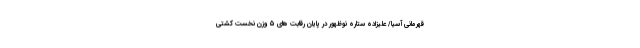
قهرمانی آسیا/ علیزاده ستاره نوظهور در پایان رقابت های ۵ وزن نخست کشتی